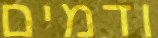
ודמים